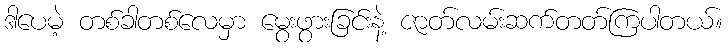
ဒါပေမဲ့ တစ်ခါတစ်လေမှာ မွေးဖွားခြင်းနဲ့ ဇာတ်လမ်းဆက်တတ်ကြပါတယ်။